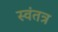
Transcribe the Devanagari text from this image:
स्‍वंतत्र